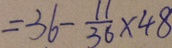
= - 3 6 - \frac { 1 1 } { 3 6 } \times 4 8